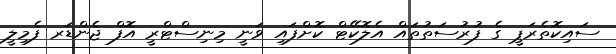
ސައިކޮތެރަޕީ ގެ ފުރުސަތުތައް އެލޮކޭޓް ކޮށްފައި ވަނީ މިނިސްޓްރީ އޮފް ޖެންޑަރ ފެމިލީ